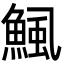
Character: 鯴